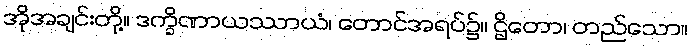
အိုအချင်းတို့။ ဒက္ခိဏာယဿာယံ၊ တောင်အရပ်၌။ ဌိတော၊ တည်သော။